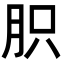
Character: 胑